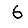
Digit: 6